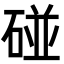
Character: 碰